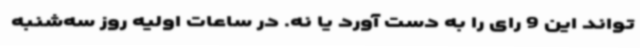
‌تواند این 9 رای را به دست آورد یا نه. در ساعات اولیه روز سه‌شنبه